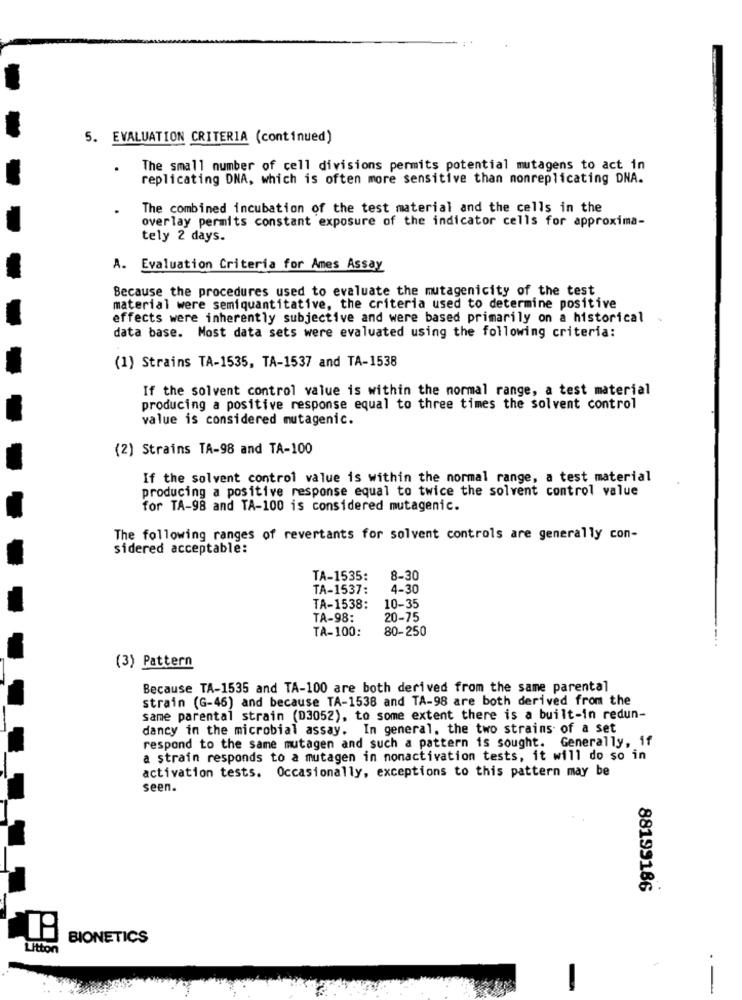
5. EVALUATION CRITERIA (continued)
The small number of cell divisions permits potential mutagens to act in
replicating DNA, which is often more sensitive than monreplicating DNA.
The combined incubation of the test material and the cells in the
overlay permits constant exposure of the indicator cells for approxima-
tely 2 days.
A. Evaluation Criteria for Ames Assay
Because the procedures used to evaluate the mutagenicity of the test
material were semiquantitative, the criteria used to determine positive
effects were inherently subjective and were based primarily on a historical
data base. Most data sets were evaluated using the following criteria:
(1) Strains TA-1535, TA-1537 and TA-1538
If the solvent control value is within the normal range, a test material
producing a positive response equal to three times the solvent control
value is considered mutagenic.
(2) Strains TA-98 and TA-100
If the solvent control value is within the normal range, a test material
producing a positive response equal to twice the solvent control value
for TA-98 and TA-100 is considered mutagenic.
The following ranges of revertants for solvent controls are generally con-
sidered acceptable:
TA-1535:
8-30
TA-1537:
4-30
TA-1538:
10-35
TA-98:
20-75
TA-100:
80-250
(3) Pattern
Because TA-1535 and TA-100 are both derived from the same parental
strain (G-46) and because TA-1538 and TA-98 are both derived from the
same parental strain (D3052), to some extent there is a built-in redun-
dancy in the microbial assay. In general, the two strains of a set
respond to the same mutagen and such a pattern is sought. Generally, if
a strain responds to a mutagen in nonactivation tests, it will do so in
activation tests. Occasionally, exceptions to this pattern may be
seen.
88199186
BIONETICS
Litton